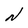
Character: N